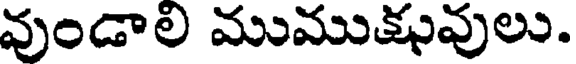
వుండాలి ముముక్షువులు.